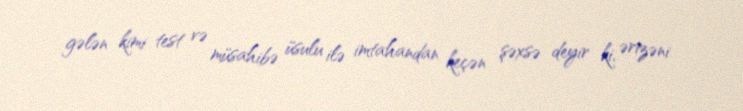
gələn kimi test və müsahibə üsulu ilə imtahandan keçən şəxsə deyir ki, ərizəni